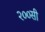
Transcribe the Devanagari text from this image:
२००सी